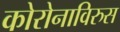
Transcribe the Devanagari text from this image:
कोरोनाविरुस